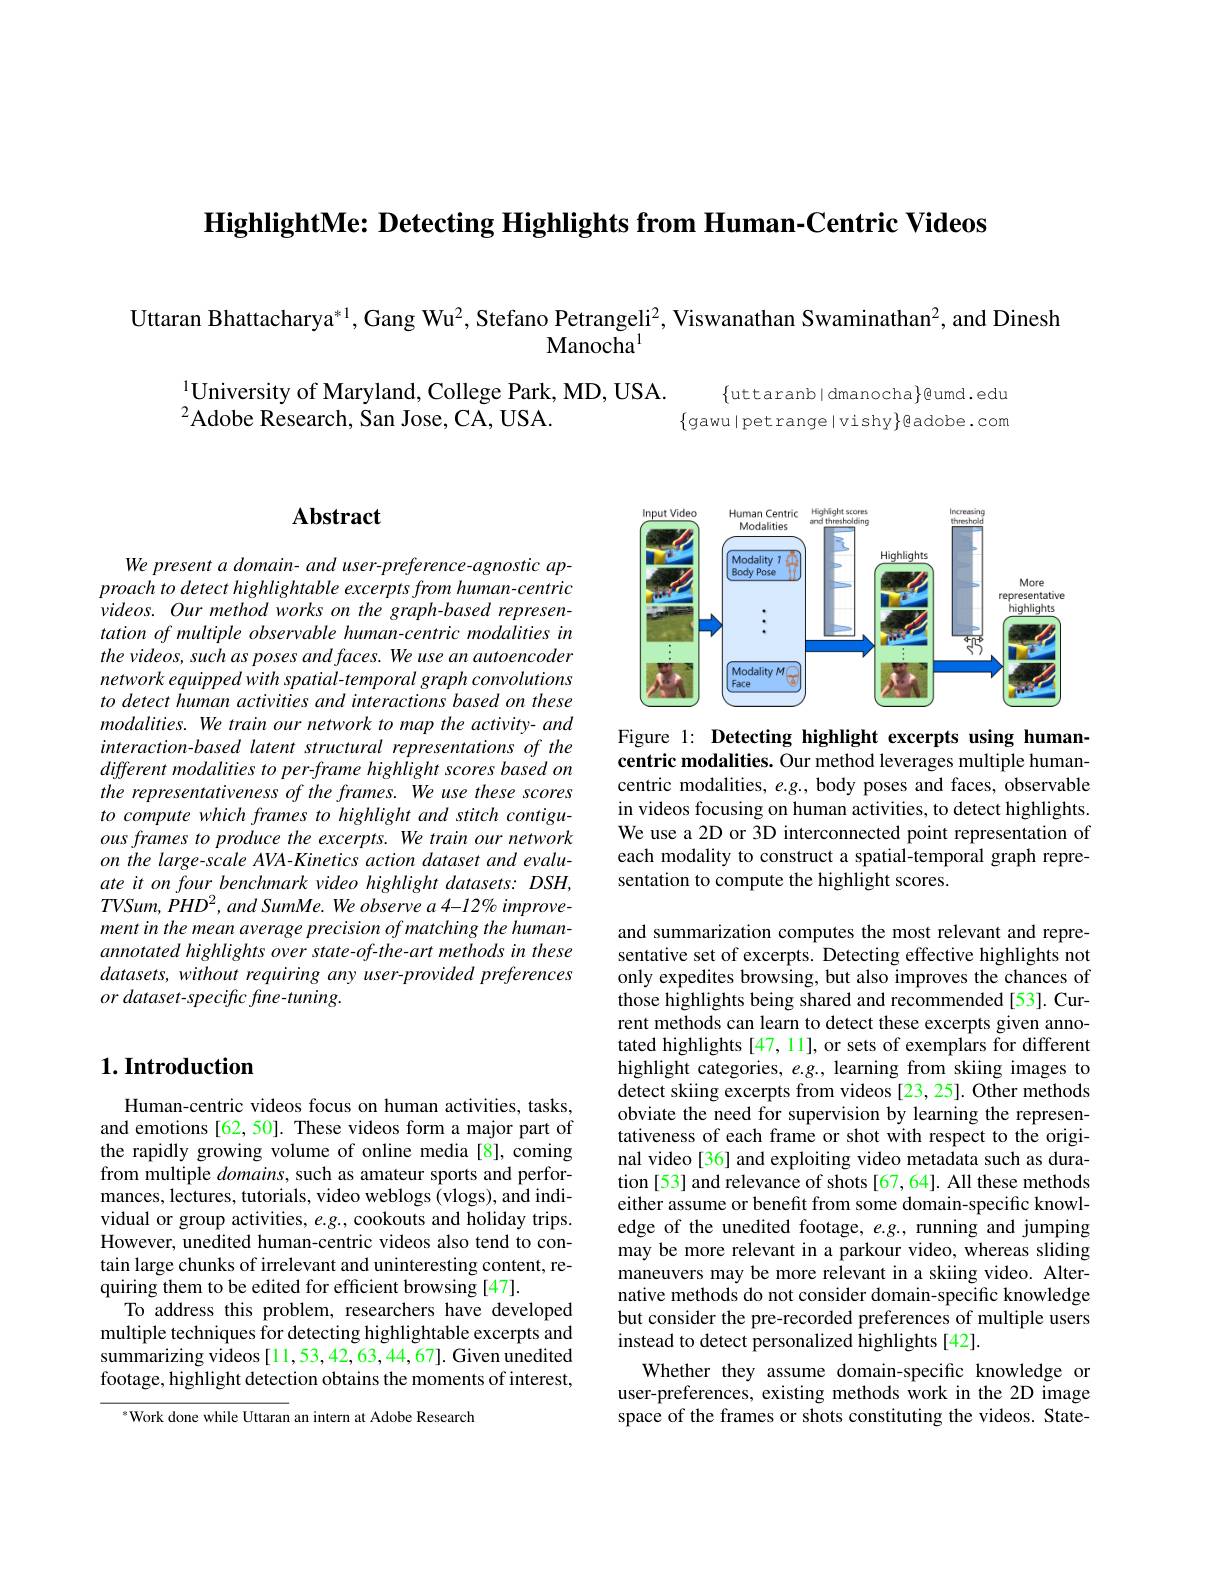
HighlightMe: Detecting Highlights from Human-Centric Videos

Uttaran Bhattacharya*1, Gang Wu$^2$, Stefano Petrangeli$^2$, Viswanathan Swaminathan$^2$, and Dinesh
Manocha$^{1}$

$^{1}$University of Maryland, College Park, MD, USA.
$^{2}$Adobe Research, San Jose, CA, USA.

$\{$uttaranb|dmanocha$\}$@umd.edu $\{$gawu|petrange|vishy$\}$eadobe.com

## $\mathbf{Abstract}$

We present a domain- and user- preference- agnostic approach to detect highlightable excerpts from human-centric videos. Our method works on the graph-based representation of multiple observable human-centric modalities in the videos, such as poses and faces. We use an autoencoder network equipped with spatial-temporal graph convolutions to detect human activities and interactions based on these modalities. We train our network to map the activity- and interaction-based latent structural representations of the different modalities to per-frame highlight scores based on the representativeness of the frames. We use these scores to compute which frames to highlight and stitch contiguous frames to produce the excerpts. We train our network on the large-scale AVA-Kinetics action dataset and evaluate it on four benchmark video highlight datasets: DSH, $TVSum,\dot{P}HD^{2},andSumMe.Weobservea4-12\%$ improvement in the mean average precision of matching the humanannotated highlights over state-of-the-art methods in these datasets, without requiring any user-provided preferences or dataset-specific fine-tuning.

## $1. \textbf{Introduction}$

Human-centric videos focus on human activities, tasks, and emotions [62,50]. These videos form a major part of the rapidly growing volume of online media [8], coming from multiple $domains$, such as amateur sports and perfor- $\hat{\text{mances, lectures, tutorials, video weblogs(vlogs), and indi-}}$ vidual or group activities, $e.g.$, cookouts and holiday trips. However, unedited human-centric videos also tend to contain large chunks of irrelevant and uninteresting content, requiring them to be edited for efficient browsing [47].
To address this problem, researchers have developed multiple techniques for detecting highlightable excerpts and summarizing videos[11,53,42,63,44,67]. Given unedited footage, highlight detection obtains the moments of interest,

$^{*}$Work done while Uttaran an intern at Adobe Research

<FigureHere>

Figure 1: Detecting highlight excerpts using human-

centric modalities. Our method leverages multiple humancentric modalities, $e.g.$, body poses and faces, observable in videos focusing on human activities, to detect highlights. We use a 2D or 3D interconnected point representation of each modality to construct a spatial-temporal graph representation to compute the highlight scores.

and summarization computes the most relevant and representative set of excerpts. Detecting effective highlights not only expedites browsing, but also improves the chances of those highlights being shared and recommended[53]. Current methods can learn to detect these excerpts given annotated highlights [47, 11], or sets of exemplars for different highlight categories, $e.g.$, learning from skiing images to detect skiing excerpts from videos [23,25]. Other methods obviate the need for supervision by learning the representativeness of each frame or shot with respect to the original video[36] and exploiting video metadata such as duration[53] and relevance of shots[67, 64]. All these methods either assume or benefit from some domain-specific knowledge of the unedited footage, e.g., running and jumping may be more relevant in a parkour video, whereas sliding maneuvers may be more relevant in a skiing video. Alternative methods do not consider domain-specific knowledge but consider the pre-recorded preferences of multiple users instead to detect personalized highlights[42].
Whether they assume domain-specific knowledge or

user-preferences, existing methods work in the 2D image space of the frames or shots constituting the videos. State-